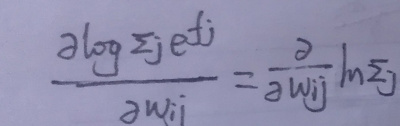
\[
\frac{\partial \log \sum_{j} e^{f_{j}}}{\partial w_{i j}}=\frac{\partial}{\partial w_{i j}} \ln \sum_{j}
\]